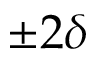
\pm 2 \delta